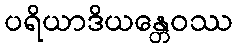
ပရိယာဒိယန္တေဝဿ